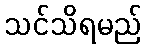
သင်သိရမည်